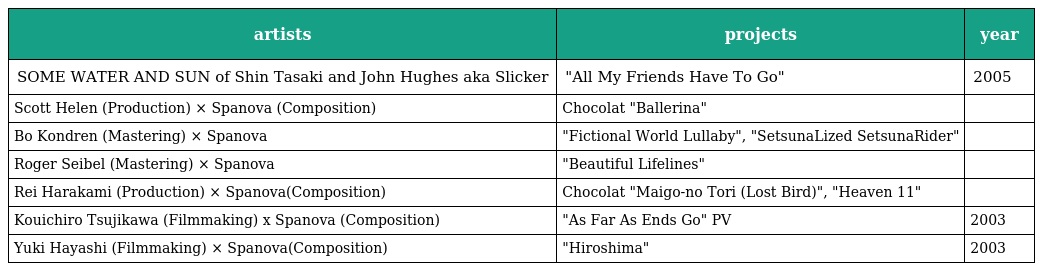
| artists | projects | year |
 | --- | --- | --- |
 | SOME WATER AND SUN of Shin Tasaki and John Hughes aka Slicker | "All My Friends Have To Go" | 2005 |
 | Scott Helen (Production) × Spanova (Composition) | Chocolat "Ballerina" |  |
 | Bo Kondren (Mastering) × Spanova | "Fictional World Lullaby", "SetsunaLized SetsunaRider" |  |
 | Roger Seibel (Mastering) × Spanova | "Beautiful Lifelines" |  |
 | Rei Harakami (Production) × Spanova(Composition) | Chocolat "Maigo-no Tori (Lost Bird)", "Heaven 11" |  |
 | Kouichiro Tsujikawa (Filmmaking) x Spanova (Composition) | "As Far As Ends Go" PV | 2003 |
 | Yuki Hayashi (Filmmaking) × Spanova(Composition) | "Hiroshima" | 2003 |